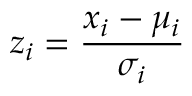
z _ { i } = \frac { x _ { i } - \mu _ { i } } { \sigma _ { i } }